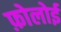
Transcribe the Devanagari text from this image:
फ़ोलोई